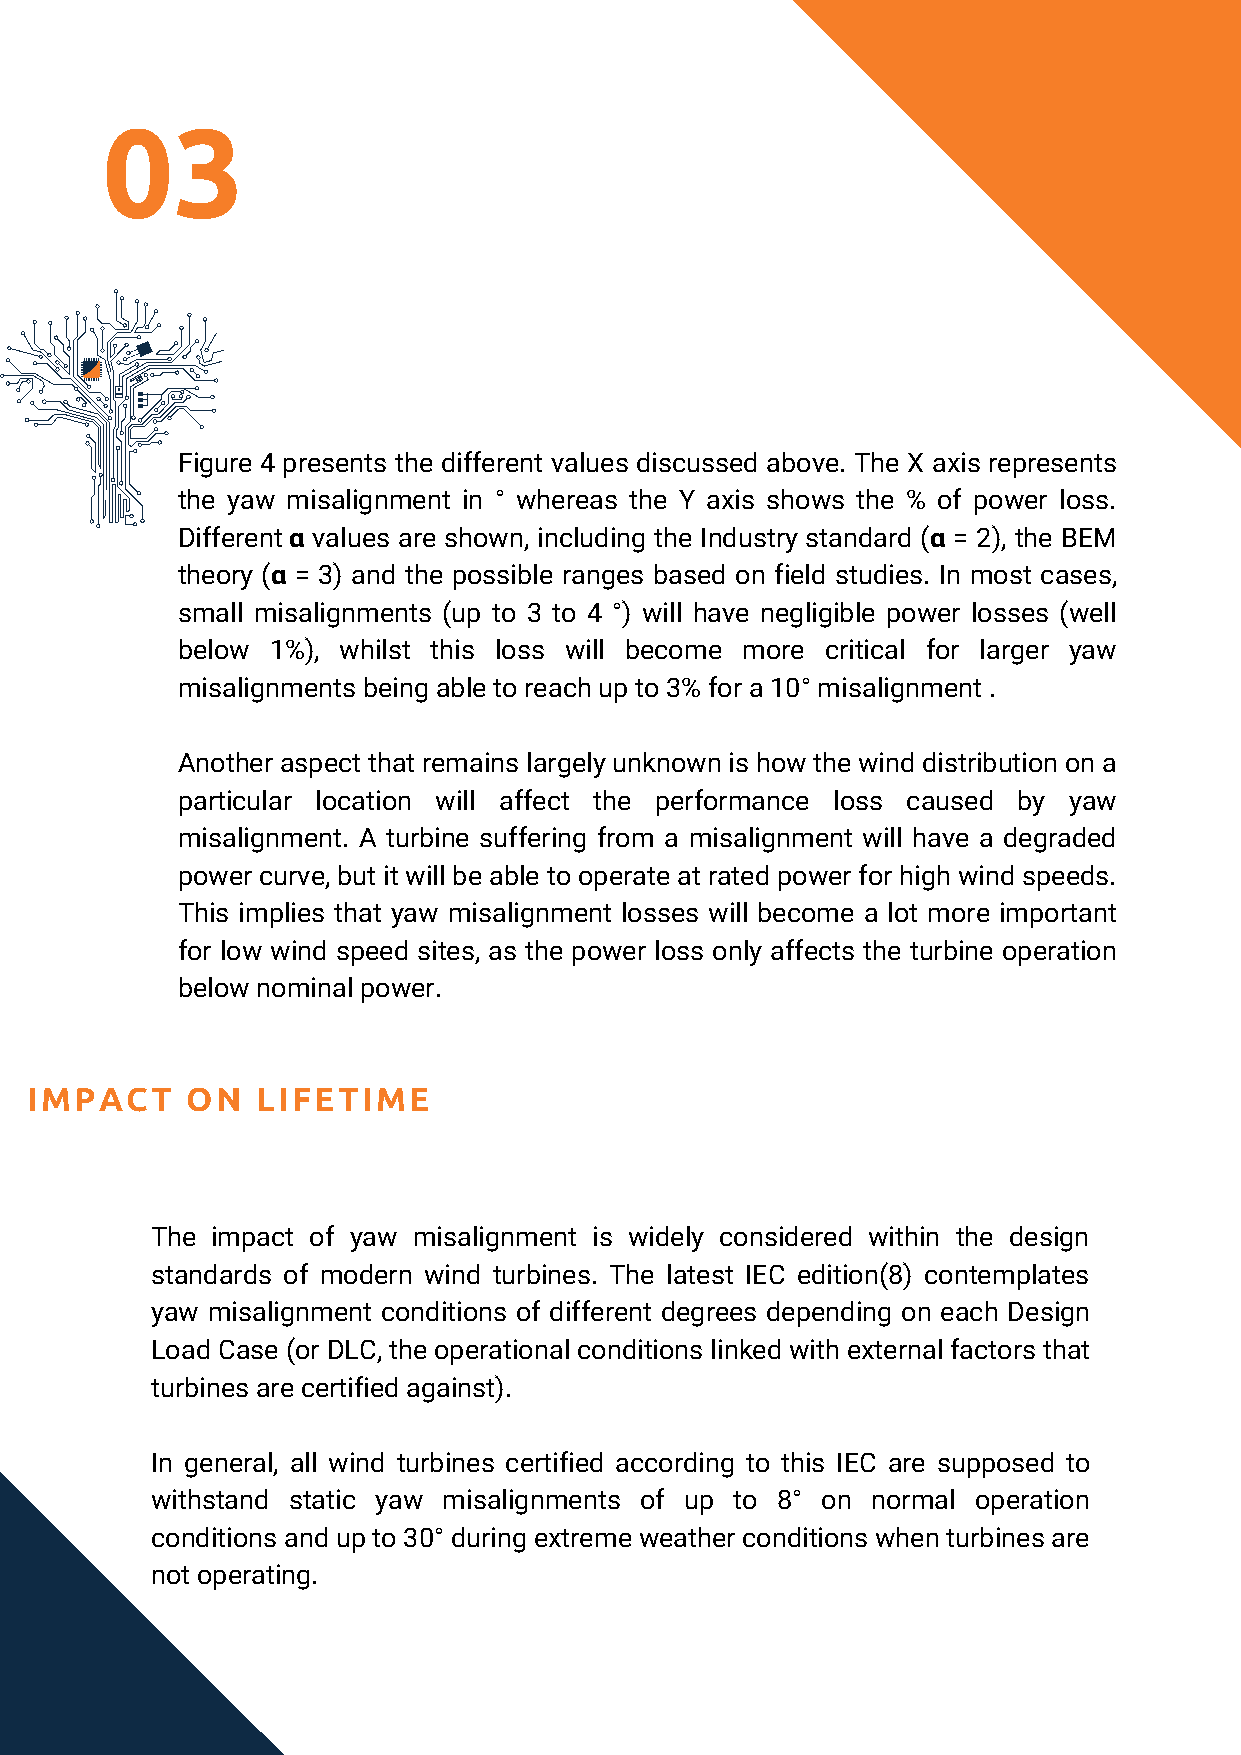
03
 Figure 4 presents the different values discussed above. The X axis represents
 the yaw misalignment in ° whereas the Y axis shows the % of power loss.
 Different α values are shown, including the Industry standard (α = 2), the BEM
 theory (α = 3) and the possible ranges based on field studies. In most cases,
 small misalignments (up to 3 to 4 °) will have negligible power losses (well
 below 1%), whilst this loss will become more critical for larger yaw
 misalignments being able to reach up to 3% for a 10° misalignment .
 Another aspect that remains largely unknown is how the wind distribution on a
 particular location will affect the performance loss caused by yaw
 misalignment. A turbine suffering from a misalignment will have a degraded
 power curve, but it will be able to operate at rated power for high wind speeds.
 This implies that yaw misalignment losses will become a lot more important
 for low wind speed sites, as the power loss only affects the turbine operation
 below nominal power.
 IMPACT    ON   LIFETIME
 The impact of yaw misalignment is widely considered within the design
 standards of modern wind turbines. The latest IEC edition(8) contemplates
 yaw misalignment conditions of different degrees depending on each Design
 Load Case (or DLC, the operational conditions linked with external factors that
 turbines are certified against).
 In general, all wind turbines certified according to this IEC are supposed to
 withstand static yaw misalignments of up to 8° on normal operation
 conditions and up to 30° during extreme weather conditions when turbines are
 not operating.